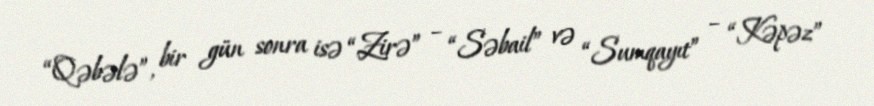
“Qəbələ”, bir gün sonra isə “Zirə” – “Səbail” və “Sumqayıt” – “Kəpəz”